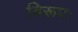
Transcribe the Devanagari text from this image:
विरूपः